Annual administration report of the Civil Veterinary Department of India - 1897-1898
Year: 1897
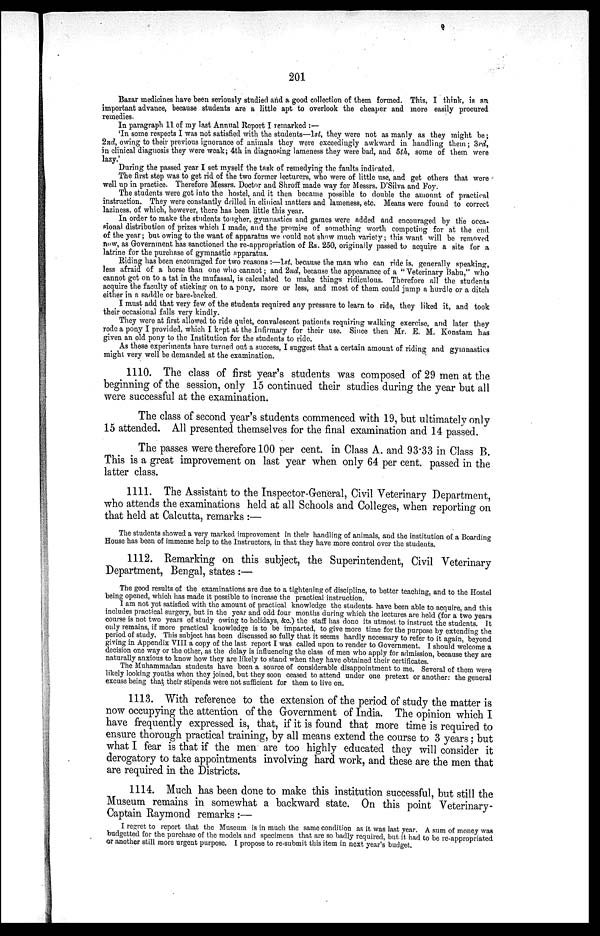
201
Bazar medicines have been seriously studied and a good collection of them formed. This. I think, is an
important advance, because students are a little apt to overlook the cheaper and more easily procured
remedies.
In paragraph 11 of my last Annual Report I remarked:—
'In some respects I was not satisfied with the students—1st, they were not as manly as they might be;
2nd, owing to their previous ignorance of animals they were exceedingly awkward in handling them; 3rd,
in clinical diagnosis they were weak; 4th in diagnosing lameness they were bad, and 5th, some of them were
lazy.'
During the passed year I set myself the task of remedying the faults indicated.
The first step was to get rid of the two former lecturers, who were of little use, and get others that were
well up in practice. Therefore Messrs. Doctor and Shroff made way for Messrs. D'Silva and Foy.
The students were got into the hostel, and it then became possible to double the amount of practical
instruction. They were constantly drilled in clinical matters and lameness, etc. Means were found to correct
laziness, of which, however, there has been little this year.
In order to make the students tougher, gymnastics and games were added and encouraged by the occa-
sional distribution of prizes which I made, and the promise of something worth competing for at the end
of the year; but owing to the want of apparatus we could not show much variety; this want will be removed
now, as Government has sanctioned the re-appropriation of Rs. 250, originally passed to acquire a site for a
latrine for the purchase of gymnastic apparatus.
Riding has been encouraged for two reasons:—1st. because the man who can ride is, generally speaking,
less afraid of a horse than one who cannot; and 2nd, because the appearance of a "Veterinary Babu," who
cannot get on to a tat in the mufassal, is calculated to make things ridiculous. Therefore all the students
acquire the faculty of sticking on to a pony, more or less, and most of them could jump a hurdle or a ditch
either in a saddle or bare-backed.
I must add that very few of the students required any pressure to learn to ride, they liked it, and took
their occasional falls very kindly.
They were at first allowed to ride quiet, convalescent patients requiring walking exercise, and later they
rode a pony I provided, which I kept at the Infirmary for their use. Since then Mr. E. M. Konstam has
given an old pony to the Institution for the students to ride.
As these experiments have turned out a success, I suggest that a certain amount of riding and gymnastics
might very well be demanded at the examination.
1110. The class of first year's students was composed of 29 men at the
beginning of the session, only 15 continued their studies during the year but all
were successful at the examination.
The class of second year's students commenced with 19, but ultimately only
15 attended. All presented themselves for the final examination and 14 passed.
The passes were therefore 100 per cent. in Class A. and 93.33 in Class B.
This is a great improvement on last year when only 64 per cent. passed in the
latter class.
1111. The Assistant to the Inspector-General, Civil Veterinary Department,
who attends the examinations held at all Schools and Colleges, when reporting on
that held at Calcutta, remarks:—
The students showed a very marked improvement in their handling of animals, and the institution of a Boarding
House has been of immense help to the Instructors, in that they have more control over the students.
1112. Remarking on this subject, the Superintendent, Civil Veterinary
Department, Bengal, states:—
The good results of the examinations are due to a tightening of discipline, to better teaching, and to the Hostel
being opened, which has made it possible to increase the practical instruction.
I am not yet satisfied with the amount of practical knowledge the students have been able to acquire, and this
includes practical surgery, but in the year and odd four months during which the lectures are held (for a two years
course is not two years of study owing to holidays, &c.) the staff has done its utmost to instruct the students. It
only remains, if more practical knowledge is to be imparted, to give more time for the purpose by extending the
period of study. This subject has been discussed so fully that it seems hardly necessary to refer to it again, beyond
giving in Appendix VIII a copy of the last report I was called upon to render to Government. I should welcome a
decision one way or the other, as the delay is influencing the class of men who apply for admission, because they are
naturally anxious to know how they are likely to stand when they have obtained their certificates.
The Muhammadan students have been a source of considerable disappointment to me. Several of them were
likely looking youths when they joined, but they soon ceased to attend under one pretext or another: the general
excuse being that their stipends were not sufficient for them to live on.
1113. With reference to the extension of the period of study the matter is
now occupying the attention of the Government of India. The opinion which I
have frequently expressed is, that, if it is found that more time is required to
ensure thorough practical training, by all means extend the course to 3 years; but
what I fear is that if the men are too highly educated they will consider it
derogatory to take appointments involving hard work, and these are the men that
are required in the Districts.
1114. Much has been done to make this institution successful, but still the
Museum remains in somewhat a backward state. On this point Veterinary-
Captain Raymond remarks:—
I regret to report that the Museum is in much the same condition as it was last year. A sum of money was
budgetted for the purchase of the models and specimens that are so badly required, but it had to be re-appropriated
or another still more urgent purpose. I propose to re-submit this item in next year's budget.